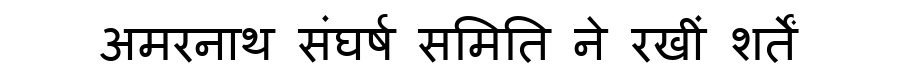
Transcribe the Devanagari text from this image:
अमरनाथ संघर्ष समिति ने रखीं शर्तें